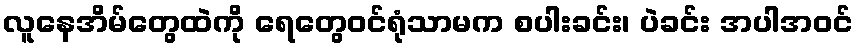
လူနေအိမ်တွေထဲကို ရေတွေဝင်ရုံသာမက စပါးခင်း၊ ပဲခင်း အပါအဝင်